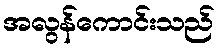
အလွန်ကောင်းသည်